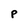
Character: P